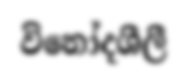
විනෝදශීලී